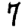
Digit: 7